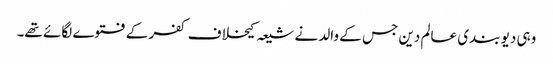
وہی دیو بندی عالم دین جس کے والد نے شیعہ کیخلاف کفر کے فتوے لگائے تھے۔